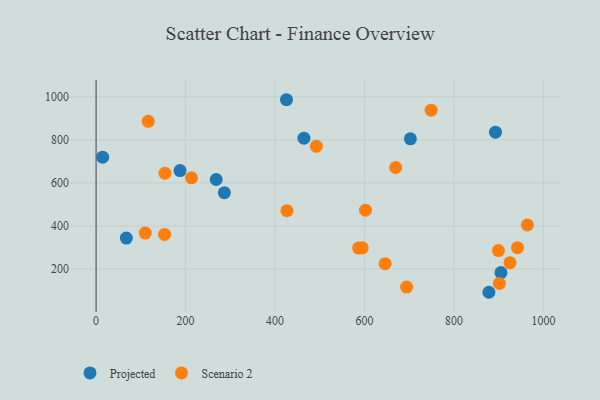
{"axis": {"x": "Speed", "y": "Rating"}, "legend": ["Projected", "Scenario 2"], "data": [{"x": "187.6", "y": 657.2, "type": "Projected"}, {"x": "878.1", "y": 92.0, "type": "Projected"}, {"x": "67.6", "y": 343.7, "type": "Projected"}, {"x": "286.8", "y": 554.5, "type": "Projected"}, {"x": "702.6", "y": 804.8, "type": "Projected"}, {"x": "425.6", "y": 986.2, "type": "Projected"}, {"x": "464.6", "y": 807.8, "type": "Projected"}, {"x": "892.8", "y": 835.6, "type": "Projected"}, {"x": "14.6", "y": 719.4, "type": "Projected"}, {"x": "268.5", "y": 615.7, "type": "Projected"}, {"x": "905.1", "y": 183.4, "type": "Projected"}, {"x": "748.9", "y": 937.9, "type": "Scenario 2"}, {"x": "602.2", "y": 473.4, "type": "Scenario 2"}, {"x": "213.2", "y": 623.5, "type": "Scenario 2"}, {"x": "426.6", "y": 470.9, "type": "Scenario 2"}, {"x": "594.8", "y": 298.4, "type": "Scenario 2"}, {"x": "901.4", "y": 133.0, "type": "Scenario 2"}, {"x": "925.4", "y": 229.3, "type": "Scenario 2"}, {"x": "116.5", "y": 886.0, "type": "Scenario 2"}, {"x": "109.9", "y": 366.8, "type": "Scenario 2"}, {"x": "694.1", "y": 116.0, "type": "Scenario 2"}, {"x": "646.1", "y": 225.0, "type": "Scenario 2"}, {"x": "964.1", "y": 405.0, "type": "Scenario 2"}, {"x": "942.0", "y": 299.2, "type": "Scenario 2"}, {"x": "154.0", "y": 645.3, "type": "Scenario 2"}, {"x": "587.0", "y": 297.3, "type": "Scenario 2"}, {"x": "899.4", "y": 285.6, "type": "Scenario 2"}, {"x": "153.0", "y": 360.6, "type": "Scenario 2"}, {"x": "492.5", "y": 770.0, "type": "Scenario 2"}, {"x": "669.7", "y": 671.5, "type": "Scenario 2"}]}